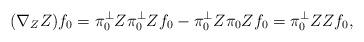
LaTeX: \begin{align*}(\nabla_Z Z)f_0 = \pi_0^\perp Z\pi_0^\perp Z f_0- \pi_0^\perp Z \pi_0 Zf_0=\pi_0^\perp ZZf_0,\end{align*}